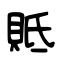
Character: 貾